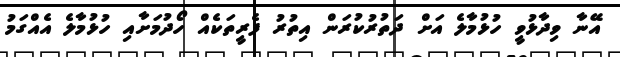
އޭނާ ވިދާޅުވީ ހުޅުމާލެ އަށް ދަތުުރުކުރަން އިތުރު ފެރީތަކެއް ހޯދުމަށާއި ހުޅުމާލެ އެއްގަމު